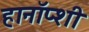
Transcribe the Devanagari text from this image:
हानॉप्शी